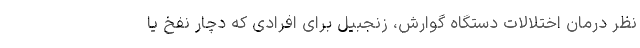
نظر درمان اختلالات دستگاه گوارش، زنجبیل برای افرادی که دچار نفخ یا